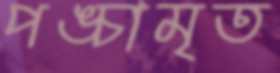
পঙ্চামৃত